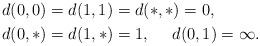
LaTeX: \begin{align*}&d(0,0)=d(1,1)=d(*,*)=0,\\&d(0,*)=d(1,*)=1,~~~~d(0,1)=\infty.\end{align*}